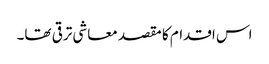
اس اقدام کا مقصد معاشی ترقی تھا۔